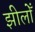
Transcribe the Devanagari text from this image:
झीलोँ